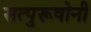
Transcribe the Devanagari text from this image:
सत्पुरूषोनी